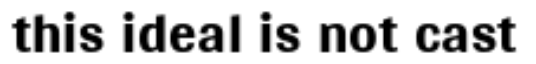
this ideal is not cast